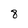
Character: 8